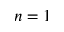
n = 1